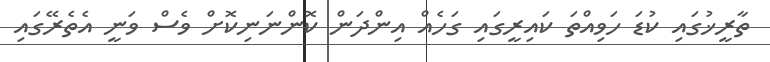
ތާރީޚުގައި ކުޑަ ހަވިއްތަ ކައިރީގައި ގަހެއް އިންދަން ކޮންނަނިކޮށް ވެސް ވަނީ އެތެރޭގައި